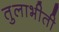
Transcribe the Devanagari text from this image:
तुलाभीती